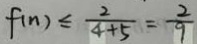
f ( n ) \leq \frac { 2 } { 4 + 5 } = \frac { 2 } { 9 }